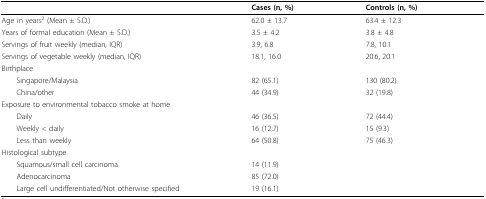
<table><thead><tr><td></td><td><b>Cases (n, %)</b></td><td><b>Controls (n, %)</b></td></tr></thead><tbody><tr><td>Age in years<sup>2 </sup>(Mean ± S.D.)</td><td>62.0 ± 13.7</td><td>63.4 ± 12.3</td></tr><tr><td>Years of formal education (Mean ± S.D.)</td><td>3.5 ± 4.2</td><td>3.8 ± 4.8</td></tr><tr><td>Servings of fruit weekly (median, IQR)</td><td>3.9, 6.8</td><td>7.8, 10.1</td></tr><tr><td>Servings of vegetable weekly (median, IQR)</td><td>18.1, 16.0</td><td>20.6, 20.1</td></tr><tr><td>Birthplace</td><td></td><td></td></tr><tr><td> Singapore/Malaysia</td><td>82 (65.1)</td><td>130 (80.2)</td></tr><tr><td> China/other</td><td>44 (34.9)</td><td>32 (19.8)</td></tr><tr><td>Exposure to environmental tobacco smoke at home</td><td></td><td></td></tr><tr><td> Daily</td><td>46 (36.5)</td><td>72 (44.4)</td></tr><tr><td> Weekly &lt; daily</td><td>16 (12.7)</td><td>15 (9.3)</td></tr><tr><td> Less than weekly</td><td>64 (50.8)</td><td>75 (46.3)</td></tr><tr><td>Histological subtype</td><td></td><td></td></tr><tr><td> Squamous/small cell carcinoma</td><td>14 (11.9)</td><td></td></tr><tr><td> Adenocarcinoma</td><td>85 (72.0)</td><td></td></tr><tr><td> Large cell undifferentiated/Not otherwise specified</td><td>19 (16.1)</td><td></td></tr></tbody></table>